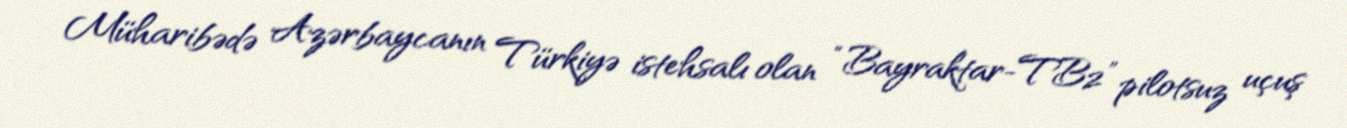
Müharibədə Azərbaycanın Türkiyə istehsalı olan “Bayraktar-TB2” pilotsuz uçuş